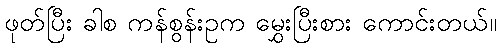
ဖုတ်ပြီး ခါစ ကန်စွန်းဥက မွှေးပြီးစား ကောင်းတယ်။